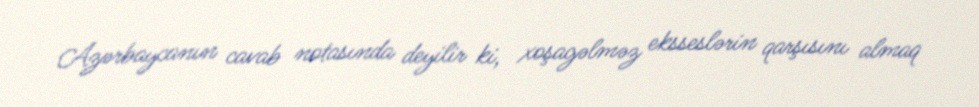
Azərbaycanın cavab notasında deyilir ki, xoşagəlməz eksseslərin qarşısını almaq